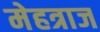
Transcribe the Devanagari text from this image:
मेहत्राज